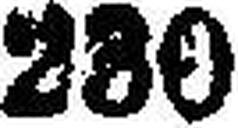
230